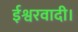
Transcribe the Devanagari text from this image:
ईश्वरवादी।